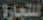
التجارة